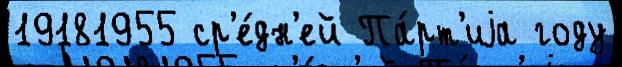
19181955 ср'е́дн'ей Па́рт'иjа году